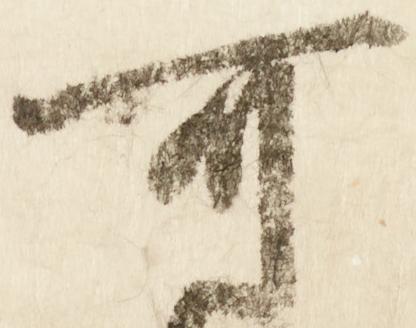
可